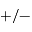
+ / -